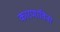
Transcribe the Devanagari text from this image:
कारणाविना